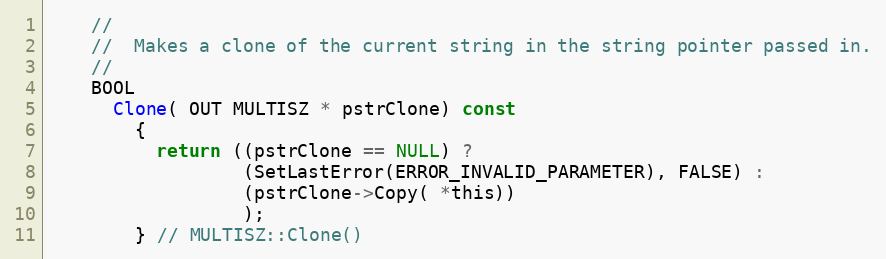
Language: C
    //
    //  Makes a clone of the current string in the string pointer passed in.
    //
    BOOL
      Clone( OUT MULTISZ * pstrClone) const
        {
          return ((pstrClone == NULL) ?
                  (SetLastError(ERROR_INVALID_PARAMETER), FALSE) :
                  (pstrClone->Copy( *this))
                  );
        } // MULTISZ::Clone()